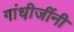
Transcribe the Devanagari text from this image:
गांधी़जींनी